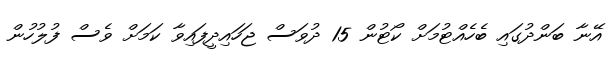
އޭނާ ބަންދުގައި ބެހެއްޓުމަށް ކޯޓުން 15 ދުވަސް ޖަހައިދީފައިވާ ކަމަށް ވެސް ފުލުހުން